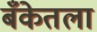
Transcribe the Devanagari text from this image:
बँकेतला